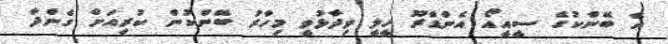
އެ ބޭންކުގެ ސީއީއޯ އެންޑްރޫ ހީލީ ވިދާޅުވީ މިހާރު ބޭންކުން ކުރިއަށް ގެންދާ